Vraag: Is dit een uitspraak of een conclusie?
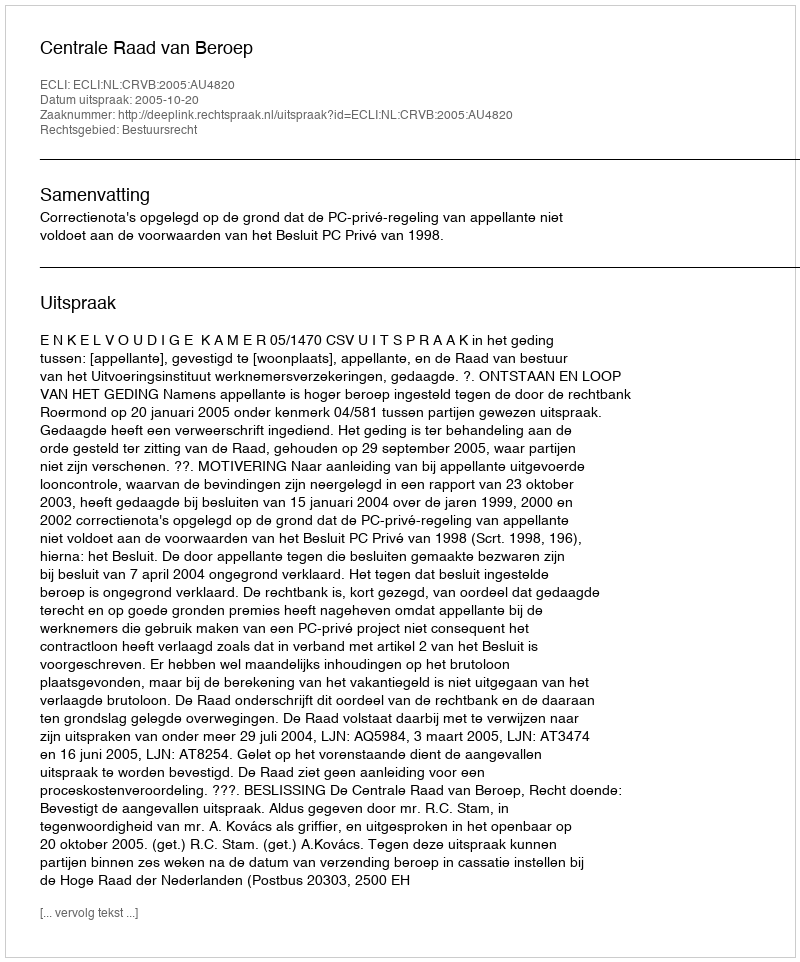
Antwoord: Uitspraak